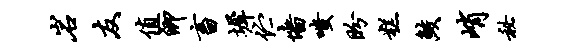
岩友值卿畜墀伫墙嗤盼糕鲛峭秘